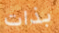
بذات